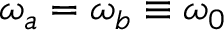
\omega _ { a } = \omega _ { b } \equiv \omega _ { 0 }